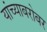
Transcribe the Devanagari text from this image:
यांच्‍याबरोबर